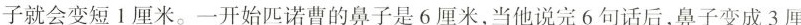
子就会变短Ⅰ厘米。一开始匹诺曹的鼻子是6厘米，当他说完6句话后，鼻子变成3厘